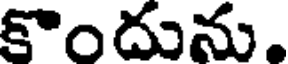
కొందును.